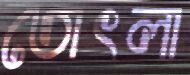
তোৎলা